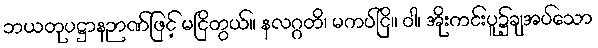
ဘယတုပဋ္ဌာနဉာဏ်ဖြင့် မငြိတွယ်။ နလဂ္ဂတိ၊ မကပ်ငြိ။ ဝါ၊ အိုးကင်းပူ၌ချအပ်သော